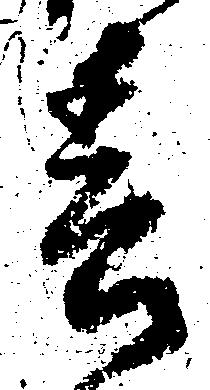
春